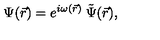
\Psi ( \vec { r } ) = e ^ { i \omega ( \vec { r } ) } \: \tilde { \Psi } ( \vec { r } ) ,